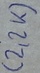
Text: (2,2K)